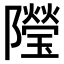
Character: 𨽓